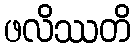
ဖလိဿတိ